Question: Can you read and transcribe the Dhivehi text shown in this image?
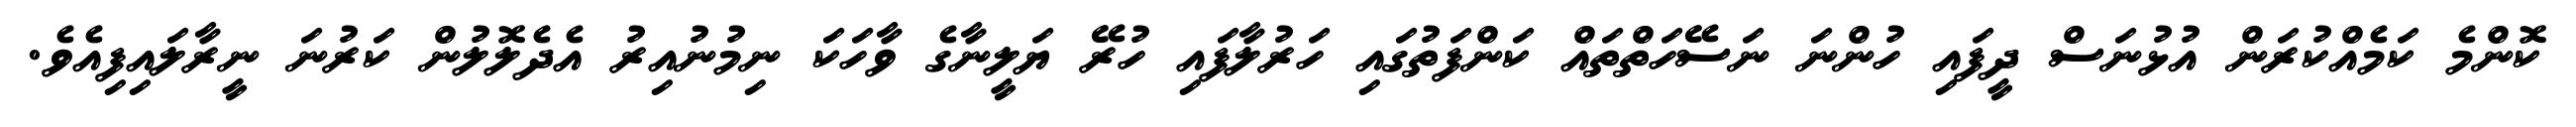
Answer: ކޮންމެ ކަމެއްކުރަން އުޅުނަސް ދީފައި ހުންނަ ނަސޭހަތްތައް ކަންފަތުގައި ހަރުލާފައި ހުރޭ ޔަލީނާގެ ވާހަކަ ނިމުނުއިރު އެދެލޮލުން ކަރުނަ ނީރާލައިފިއެވެ.